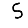
Digit: 5